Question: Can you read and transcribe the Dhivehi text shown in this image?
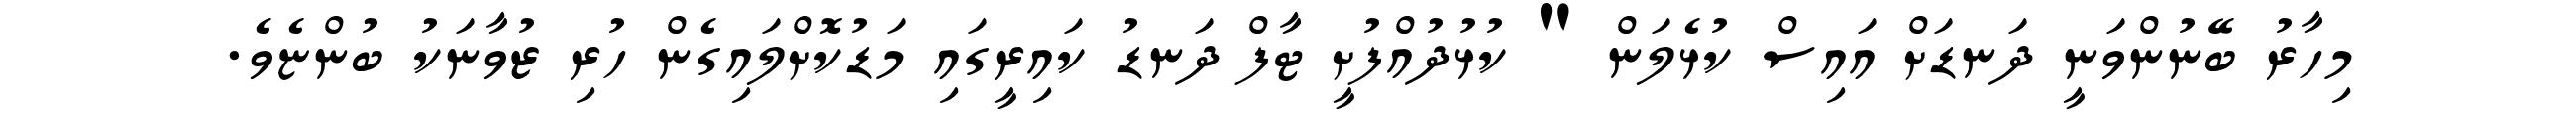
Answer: މިހާރު ބޭނުންވަނީ ދަނޑަށް އައިސް ކުޅެލަން " ކުޅުދުއްފުށީ ޓާފް ދަނޑު ކައިރީގައި މަޑުކޮށްލައިގެން ހުރި ޒުވާނަކު ބުންޏެވެ.